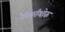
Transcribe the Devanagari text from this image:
पोखरीथोक